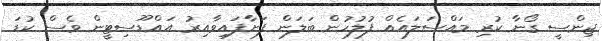
ޖިންސީ ގޯނާ ކުރި މައްސަލައެއް ފުލުހުން ބަލަން ފަށާފައިވާއިރު އައްޑޫސިޓީން ވެސް ކުޑަ